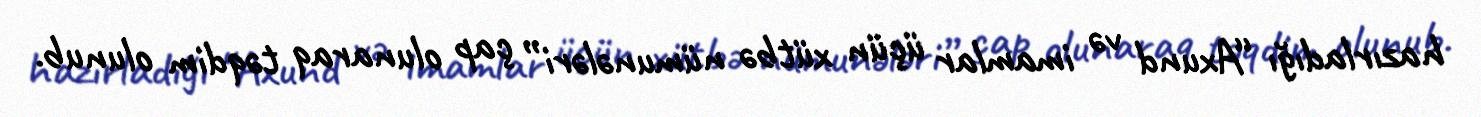
hazırladığı “Axund və imamlar üçün xütbə nümunələri” çap olunaraq təqdim olunub.